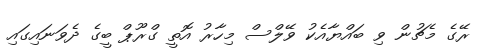
ރޭގެ މެޗުން ވި ބައްޔާއެކު ވޭލްސް މިހާރު އޮތީ ގްރޫޕް ބީގެ ދެވަނައިގައި